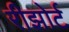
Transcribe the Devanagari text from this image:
रीझोर्ट